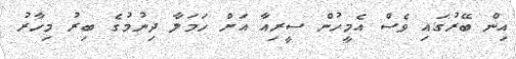
އިން ބޭރުގައި ވެސް އެމީހުން ސީރިއާ އަށް ހަމަލާ ދިނުމުގެ ބިރު މިހާރު